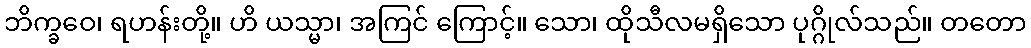
ဘိက္ခဝေ၊ ရဟန်းတို့။ ဟိ ယသ္မာ၊ အကြင် ကြောင့်။ သော၊ ထိုသီလမရှိသော ပုဂ္ဂိုလ်သည်။ တတော